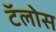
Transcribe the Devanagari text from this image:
टॅलोस